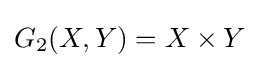
G_{2}(X,Y)=X\times Y